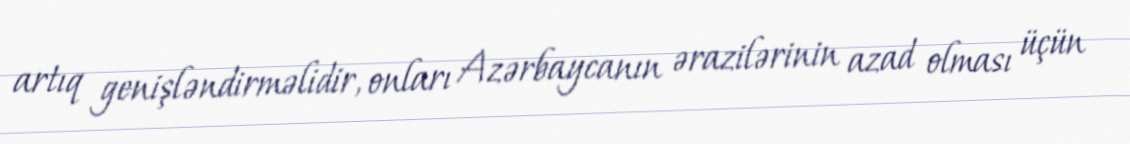
artıq genişləndirməlidir, onları Azərbaycanın ərazilərinin azad olması üçün